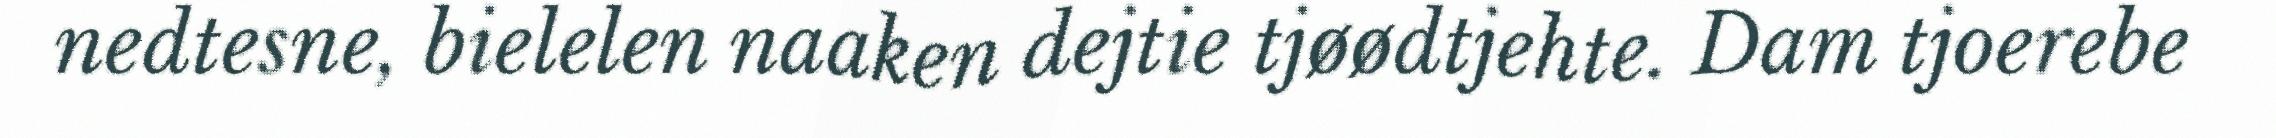
nedtesne, bielelen naaken dejtie tjøødtjehte. Dam tjoerebe